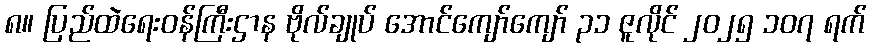
၈။ ပြည်ထဲရေးဝန်ကြီးဌာန ဗိုလ်ချုပ် အောင်ကျော်ကျော် ၃၁ ဇူလိုင် ၂၀၂၅ ၁၀၇ ရက်